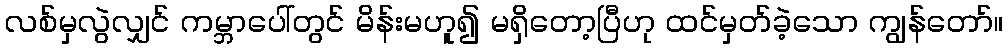
လစ်မှလွဲလျှင် ကမ္ဘာပေါ်တွင် မိန်းမဟူ၍ မရှိတော့ပြီဟု ထင်မှတ်ခဲ့သော ကျွန်တော်။